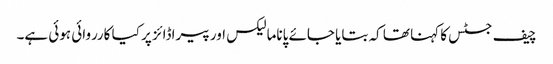
چیف جسٹس کا کہنا تھا کہ بتایا جائے پاناما لیکس اور پیراڈائز پر کیا کارروائی ہوئی ہے۔